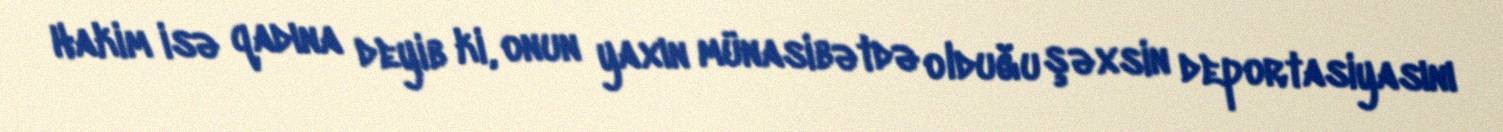
Hakim isə qadına deyib ki, onun yaxın münasibətdə olduğu şəxsin deportasiyasını